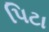
પિટા